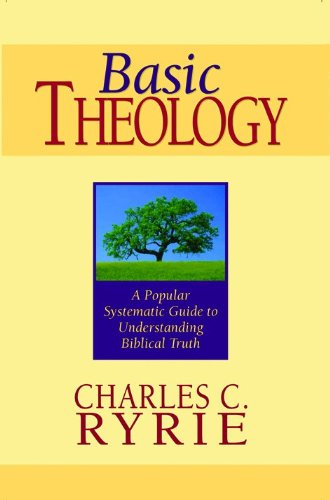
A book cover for Basic Theology: A Popular Systematic Guide to Understanding Biblical Truth; Charles C. Ryrie; Christian Books & Bibles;